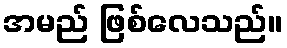
အမည် ဖြစ်လေသည်။